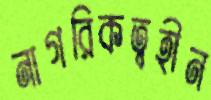
নাগরিকত্বহীন